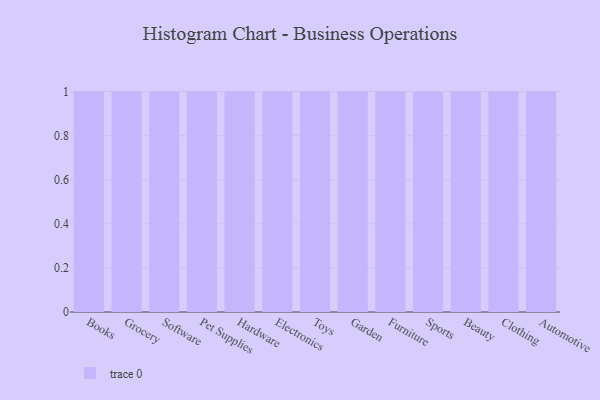
{"axis": {"x": "Category", "y": "Shipments"}, "legend": [""], "data": [{"x": "Books", "y": 97, "type": ""}, {"x": "Grocery", "y": 71, "type": ""}, {"x": "Software", "y": 29, "type": ""}, {"x": "Pet Supplies", "y": 85, "type": ""}, {"x": "Hardware", "y": 98, "type": ""}, {"x": "Electronics", "y": 63, "type": ""}, {"x": "Toys", "y": 35, "type": ""}, {"x": "Garden", "y": 38, "type": ""}, {"x": "Furniture", "y": 91, "type": ""}, {"x": "Sports", "y": 70, "type": ""}, {"x": "Beauty", "y": 11, "type": ""}, {"x": "Clothing", "y": 73, "type": ""}, {"x": "Automotive", "y": 66, "type": ""}]}